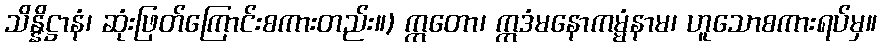
သိန္နိဋ္ဌာနံ၊ ဆုံးဖြတ်ကြောင်းစကားတည်း။) ဣတော၊ ဣဒံမနောကမ္မံနာမ၊ ဟူသောစကားရပ်မှ။